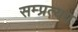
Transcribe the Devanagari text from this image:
सम्प्रत्यय